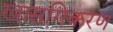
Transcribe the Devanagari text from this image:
खासगिकरण